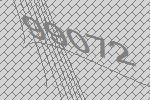
99072